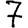
Digit: 7